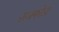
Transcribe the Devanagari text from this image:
राजफोडा